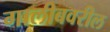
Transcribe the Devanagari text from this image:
गालीबवरील